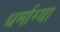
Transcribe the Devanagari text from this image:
धर्माग्या